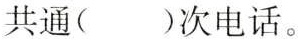
共通()次电话。